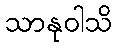
သာနုဝါသိ